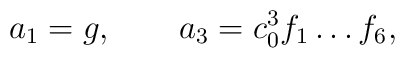
a_1 = g , \qquad   a_3 = c_0^3 f_1 \dots f_6 ,